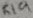
Text: R19